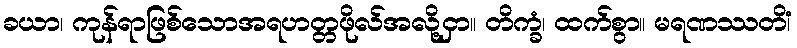
ခယာ၊ ကုန်ရာဖြစ်သောအရဟတ္တဖိုလ်အလို့ငှာ။ တိက္ခံ၊ ထက်စွာ။ မရဏဿတိံ၊